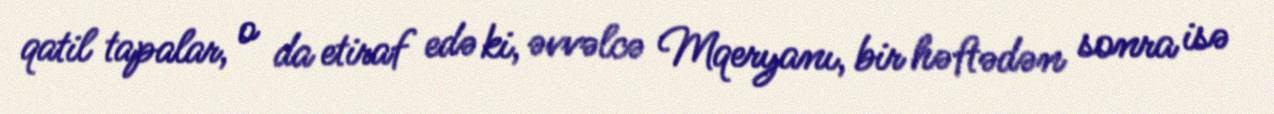
qatil tapalar, o da etiraf edə ki, əvvəlcə Mqeryanı, bir həftədən sonra isə